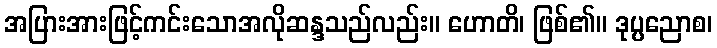
အပြားအားဖြင့်ကင်းသောအလိုဆန္ဒသည်လည်း။ ဟောတိ၊ ဖြစ်၏။ ဒုပ္ပညောစ၊